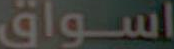
اسواق